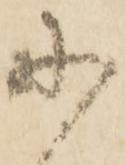
に